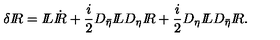
\delta { I \! \! R } = { I \! \! L } \dot { I \! \! R } + \frac { i } { 2 } D _ { \bar { \eta } } { I \! \! L } D _ { \eta } { I \! \! R } + \frac { i } { 2 } D _ { \eta } { I \! \! L } D _ { \bar { \eta } } { I \! \! R } .